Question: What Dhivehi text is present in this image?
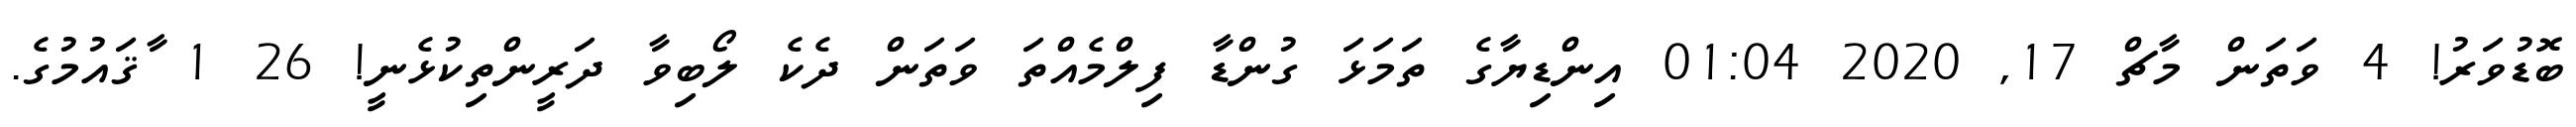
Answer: ބޮޑުވަރު! 4 ވަތަން މާޗް 17, 2020 01:04 އިންޑިޔާގެ ތަމަޅަ ގުންޑާ ފިލްމެއްތަ ވަތަން ދެކެ ލޯބިވާ ދަރީންތިކުޅެނީ! 26 1 ާޤައުމުގެ.